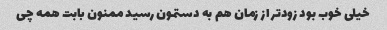
خیلی خوب بود زود‌تر از زمان هم به دستمون رسید ممنون بابت همه چی